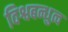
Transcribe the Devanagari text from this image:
विश्वबन्धुत्व